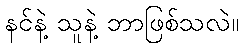
နင်နဲ့ သူနဲ့ ဘာဖြစ်သလဲ။